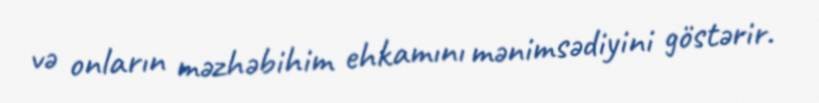
və onların məzhəbihim ehkamını mənimsədiyini göstərir.